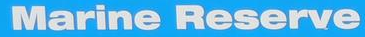
Marine Reserve